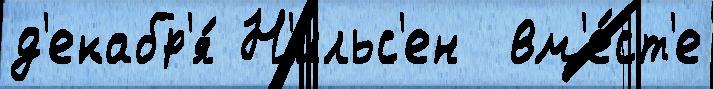
д'екабр'я́ Н'ильс'ен  вм'е́ст'е